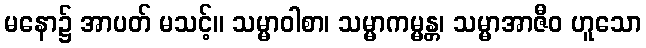
မနော၌ အာပတ် မသင့်။ သမ္မာဝါစာ၊ သမ္မာကမ္မန္တ၊ သမ္မာအာဇီဝ ဟူသော